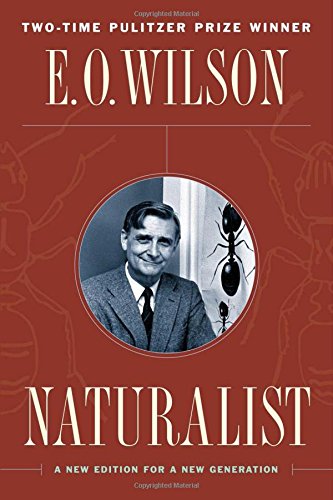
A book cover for Naturalist; Edward O. Wilson; Science & Math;